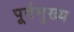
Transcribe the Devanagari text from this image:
पूर्वमुख्य